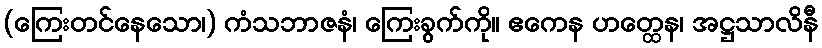
(ကြေးတင်နေသော၊) ကံသဘာဇနံ၊ ကြေးခွက်ကို။ ဧကေန ဟတ္ထေန၊ အဋ္ဌသာလိနီ